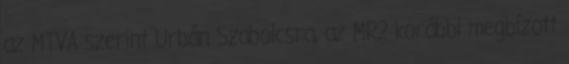
az MTVA szerint Urbán Szabolcsra, az MR2 korábbi megbízott